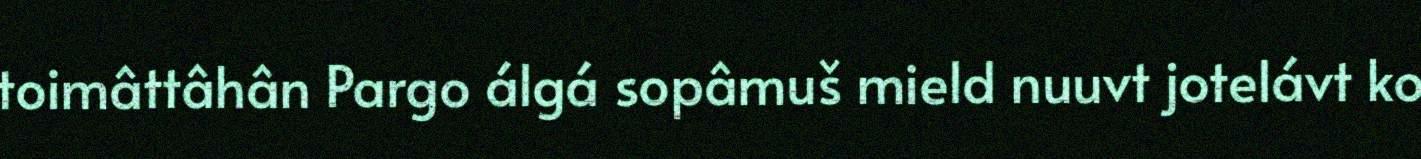
toimâttâhân Pargo álgá sopâmuš mield nuuvt jotelávt ko